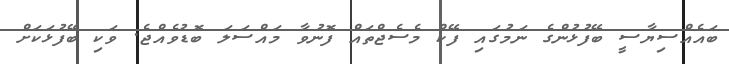
ބައެއްސިޔާސީ ބޭފުޅުންގެ ނަމުގައި ފޭކް މެސެޖްތައް ފޮނުވާ މައްސަލަ ބޮޑުވެއްޖެ. ވަކި ބޭފުޅަކަށް